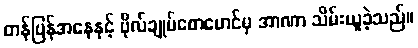
တန်ပြန်အနေနှင့် ဗိုလ်ချုပ်စောမောင်မှ အာဏာ သိမ်းယူခဲ့သည်။